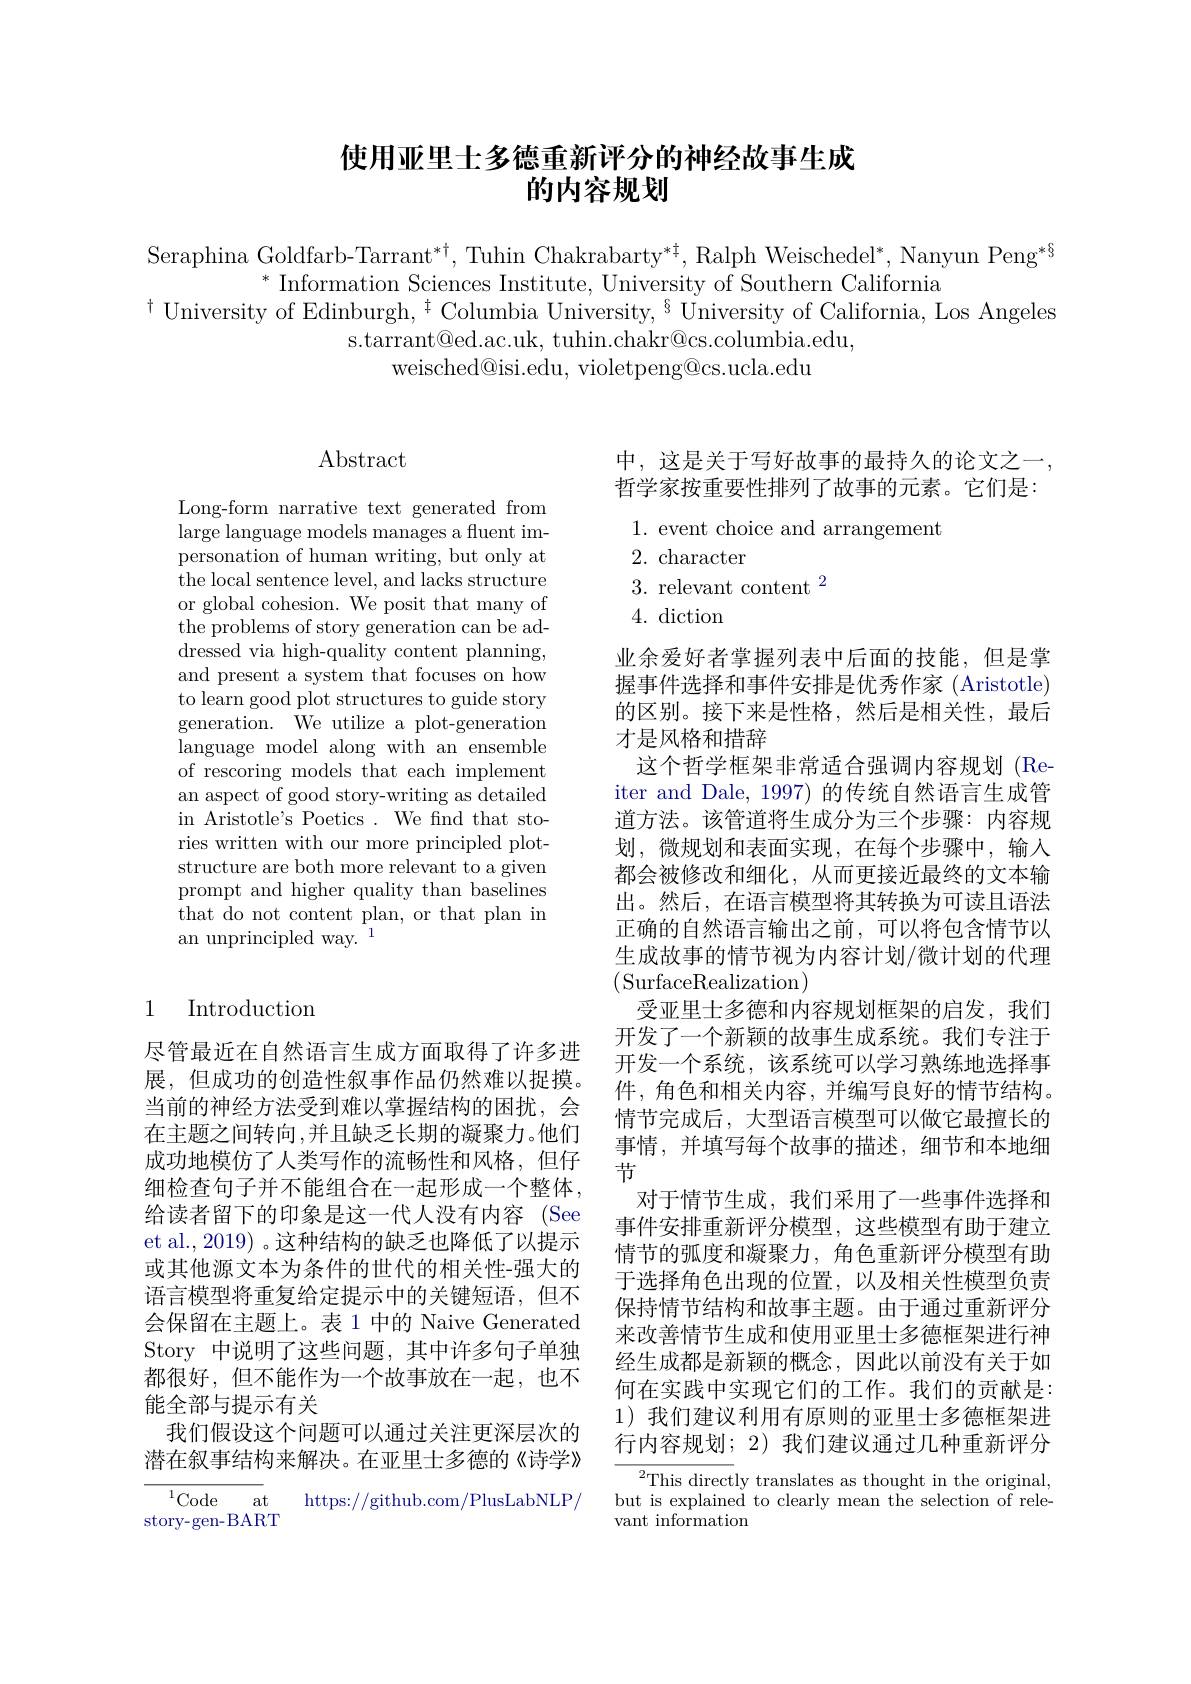
# 使用亚里士多德重新评分的神经故事生成的内容规划

Seraphina Goldfarb-Tarrant*t, Tuhin Chakrabarty*t, Ralph Weischedel*, Nanyun Peng*§
$^*$ Information Sciences Institute, University of Southern California
$^{\dagger}$ University of Edinburgh, $^{\dagger}$ Columbia University, $^{\S}$ University of California, Los Angeles
s.tarrant@ed.ac.uk, tuhin.chakr@cs.columbia.edu.
weisched@isi.edu, violetpeng@cs.ucla.edu

# $\operatorname{Abstract}$

Long-form narrative text generated from large language models manages a fluent impersonation of human writing, but only at the local sentence level, and lacks structure or global cohesion. We posit that many of the problems of story generation can be addressed via high-quality content planning, and present a system that focuses on how to learn good plot structures to guide story $\bar{\text{generation. We utilize a plot-generation}}$ language model along with an ensemble of rescoring models that each implement an aspect of good story-writing as detailed in Aristotle's Poetics . We fnd that stories written with our more principled plotstructure are both more relevant to a given prompt and higher quality than baselines that do not content plan, or that plan in an unprincipled way. $^1$

### 1 Introduction

尽管最近在自然语言生成方面取得了许多进展，但成功的创造性叙事作品仍然难以捉摸。当前的神经方法受到难以掌握结构的困扰，会在主题之间转向，并且缺乏长期的凝聚力。他们成功地模仿了人类写作的流畅性和风格，但仔细检查句子并不能组合在一起形成一个整体， 给读者留下的印象是这一代人没有内容 (See et al., 2019) 。这种结构的缺乏也降低了以提示或其他源文本为条件的世代的相关性-强大的语言模型将重复给定提示中的关键短语，但不会保留在主题上。表 1 中的 Naive Generated Story 中说明了这些问题，其中许多句子单独都很好，但不能作为一个故事放在一起，也不能全部与提示有关
我们假设这个问题可以通过关注更深层次的潜在叙事结构来解决。在亚里士多德的《诗学》

${}^{1}{\mathrm{Code}}$ at
https://github.com/PlusLabNLP/
story-gen-BART

## 中，这是关于写好故事的最持久的论文之一， 哲学家按重要性排列了故事的元素。它们是：

1. event choice and arrangement
2. character
3. relevant content $^2$
4. diction

业余爱好者掌握列表中后面的技能，但是掌握事件选择和事件安排是优秀作家 (Aristotle) 的区别。接下来是性格，然后是相关性，最后才是风格和措辞
这个哲学框架非常适合强调内容规划(Reiter and Dale, 1997) 的传统自然语言生成管道方法。该管道将生成分为三个步骤：内容规划，微规划和表面实现，在每个步骤中，输入都会被修改和细化，从而更接近最终的文本输出。然后，在语言模型将其转换为可读且语法正确的自然语言输出之前，可以将包含情节以生成故事的情节视为内容计划/微计划的代理(SurfaceRealization)
受亚里士多德和内容规划框架的启发，我们开发了一个新颖的故事生成系统。我们专注于开发一个系统，该系统可以学习熟练地选择事件，角色和相关内容，并编写良好的情节结构。情节完成后，大型语言模型可以做它最擅长的事情，并填写每个故事的描述，细节和本地细节
对于情节生成，我们采用了一些事件选择和事件安排重新评分模型，这些模型有助于建立情节的弧度和凝聚力，角色重新评分模型有助于选择角色出现的位置，以及相关性模型负责保持情节结构和故事主题。由于通过重新评分来改善情节生成和使用亚里士多德框架进行神经生成都是新颖的概念，因此以前没有关于如何在实践中实现它们的工作。我们的贡献是： 1)我们建议利用有原则的亚里士多德框架进行内容规划；2) 我们建议通过几种重新评分
${}^{2}$This directly translates as thought in the original,

but is explained to clearly mean the selection of rele-
vant information